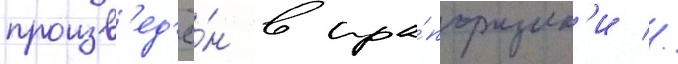
произв'ед'ё́н в пра́порщик'и //